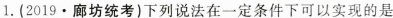
1.(2019·廊坊统考)下列说法在一定条件下可以实现的是